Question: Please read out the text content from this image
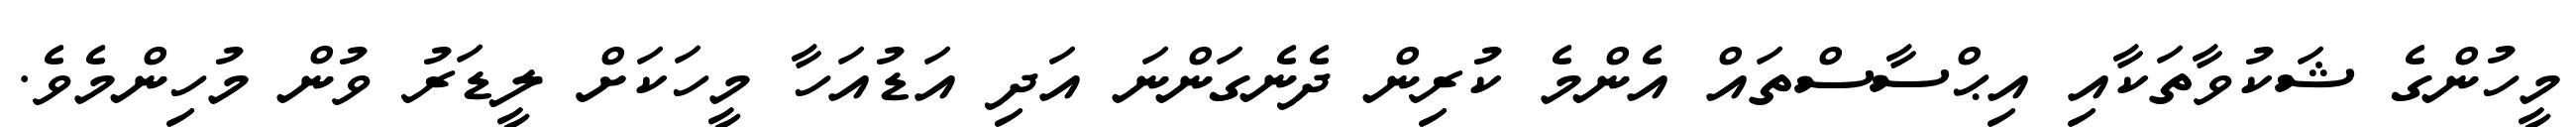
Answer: މީހުންގެ ޝަކުވާތަކާއި އިޙްސާސްތައް އެންމެ ކުރިން ދެނެގަންނަ އަދި އަޑުއަހާ މީހަކަށް ލީޑަރު ވުން މުހިންމެވެ.